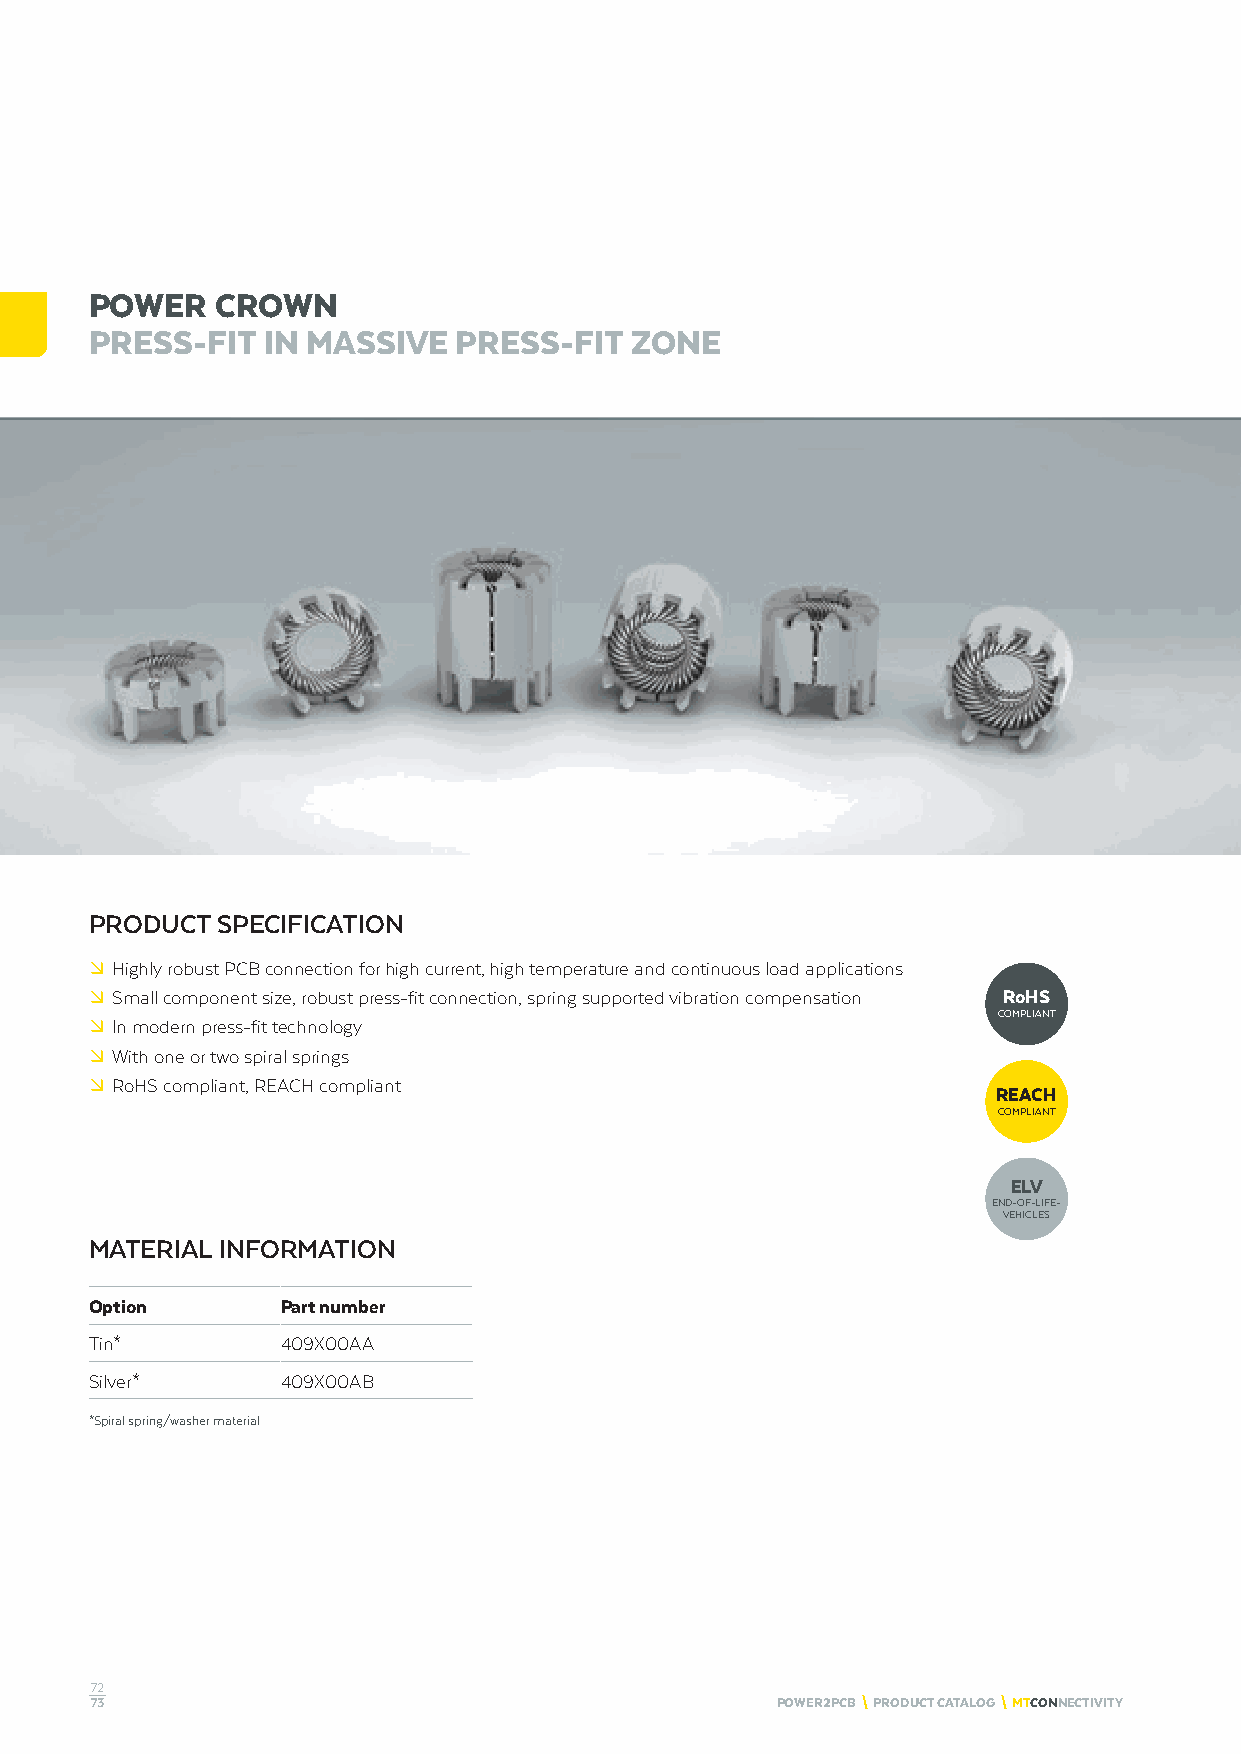
POWER   CROWN
 PRESS-FIT  IN MASSIVE   PRESS-FIT   ZONE
 PRODUCT SPECIFICATION
 º Highly robust PCB connection for high current, high temperature and continuous load applications
 º Small component size, robust press-fit connection, spring supported vibration compensation RoHS
 COMPLIANT
 º In modern press-fit technology
 º With one or two spiral springs
 º RoHS compliant, REACH compliant
 REACH
 COMPLIANT
 ELV
 END-OF-LIFE-
 VEHICLES
 MATERIAL INFORMATION
 Option       Part number
 Tin*         409X00AA
 Silver*      409X00AB
 *Spiral spring/washer material
 72
 73                                           POWER2PCB \ PRODUCT CATALOG \ MTCONNECTIVITY